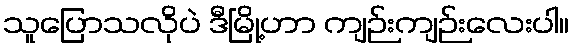
သူပြောသလိုပဲ ဒီမြို့ဟာ ကျဉ်းကျဉ်းလေးပါ။